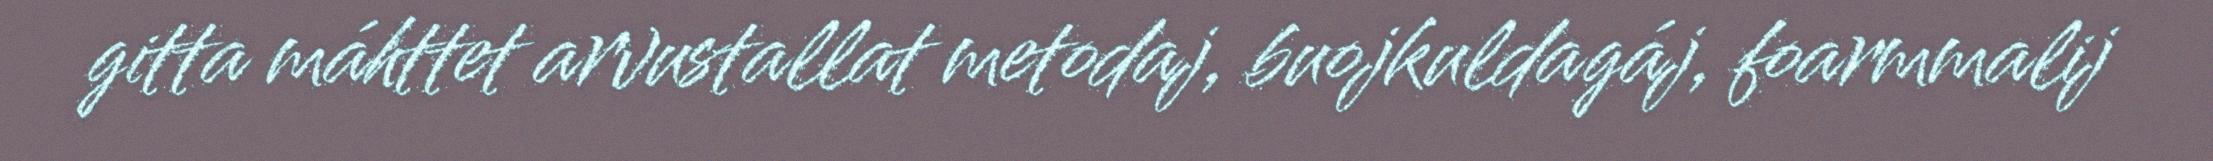
gitta máhttet arvustallat metodaj, buojkuldagáj, foarmmalij